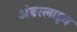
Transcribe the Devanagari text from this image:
अंडरलाइन